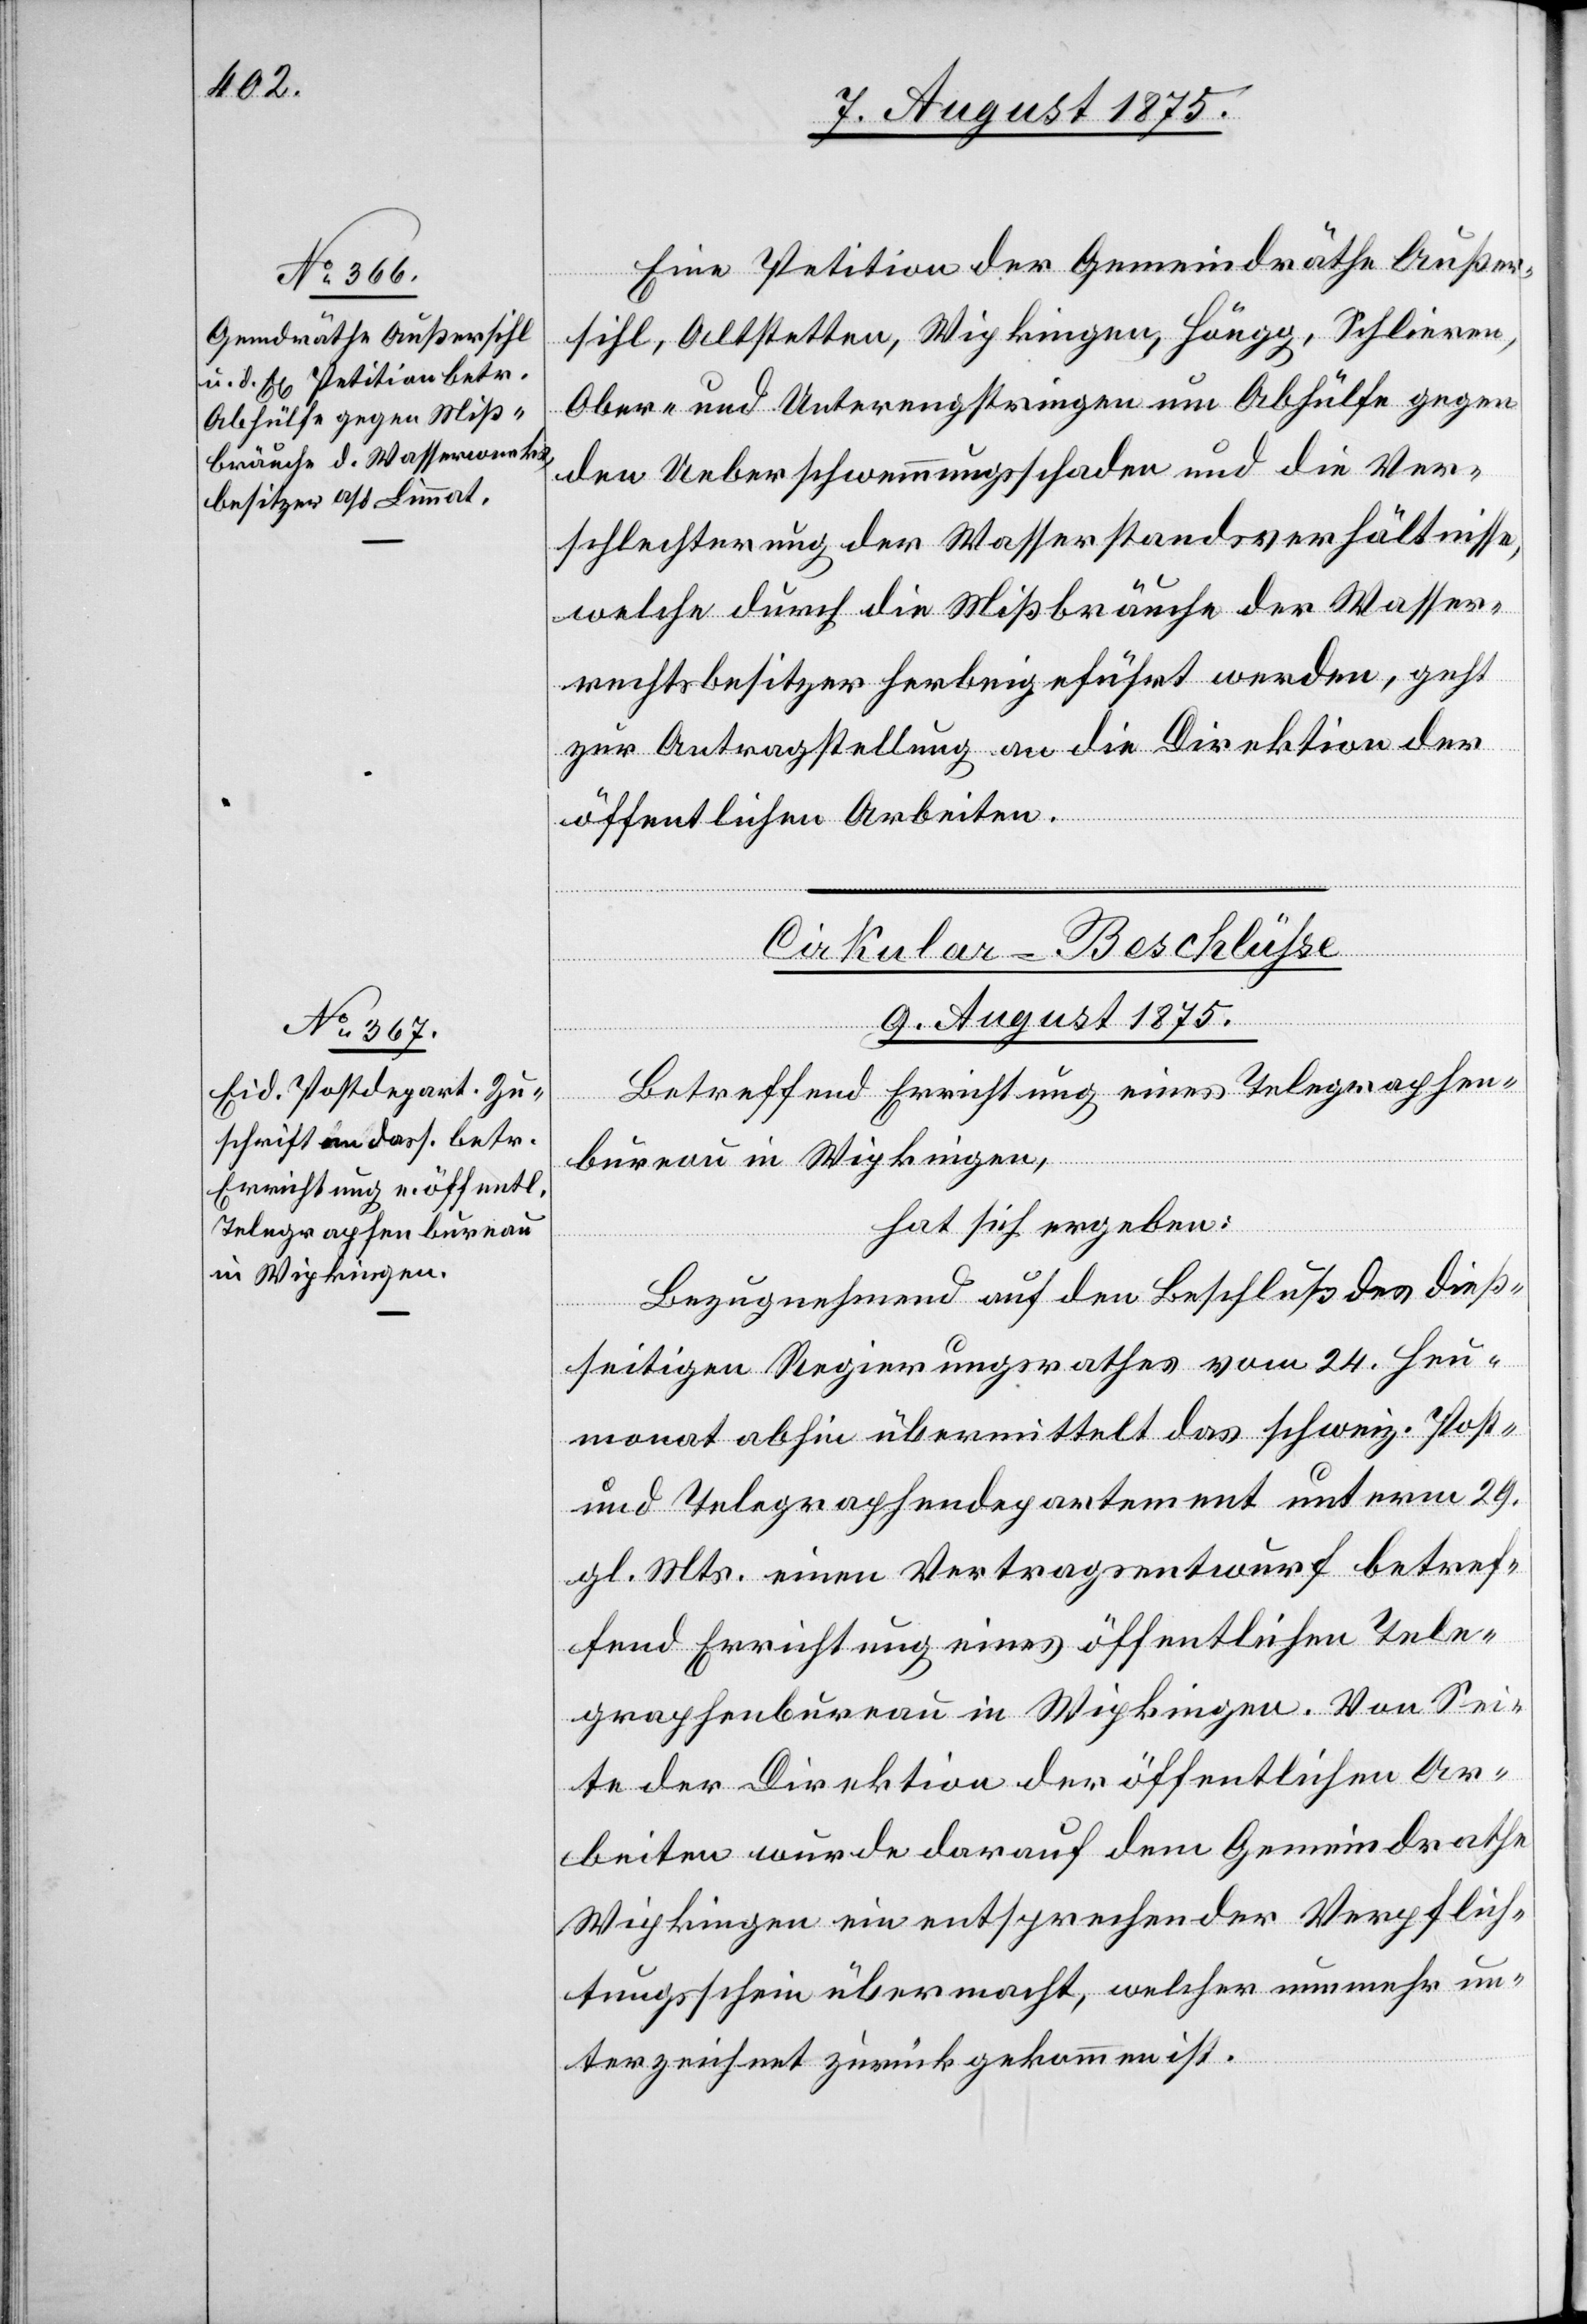
7. August 1875.]
Eine Petition der Gemeindräthe Außer¬
sihl, Altstetten, Wipkingen, Höngg, Schlieren,
Ober- und Unterengstringen um Abhülfe geg¬
en Ueberschwemmungsschaden und die Ver¬
schlechterung der Wasserstandsverhältnisse,
welche durch die Mißbräuche der Wasser¬
rechtsbesitzer herbeigeführt werden, geht
zur Antragstellung an die Direktion der
öffentlichen Arbeiten.
Cirkular-Beschlüße.
9. August 1875.
Betreffend Errichtung eines Telegraphen¬
bureau in Wipkingen,
hat sich ergeben:
Bezugnehmend auf den Beschluß des dieß¬
seitigen Regierungsrathes vom 24. Heu¬
monat abhin übermittelt das schweiz. Post-
und Telegraphendepartement unterm 29.
gl. Mts. einen Vertragsentwurf betref¬
fend Errichtung eines öffentlichen Tele¬
graphenbureau in Wipkingen. Von Sei¬
te der Direktion der öffentlichen Ar¬
beiten wurde darauf dem Gemeindrathe
Wipkingen ein entsprechender Verpflich¬
tungsschein übermacht, welcher nunmehr un¬
terzeichnet zurückgekommen ist.